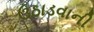
ઉઠાડવાની